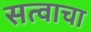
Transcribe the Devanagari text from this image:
सत्वाचा